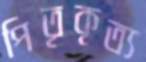
পিতৃকৃত্য